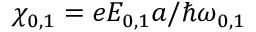
\chi _ { 0 , 1 } = e E _ { 0 , 1 } a / \hbar \omega _ { 0 , 1 }